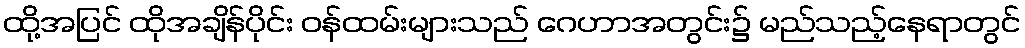
ထို့အပြင် ထိုအချိန်ပိုင်း ဝန်ထမ်းများသည် ဂေဟာအတွင်း၌ မည်သည့်နေရာတွင်